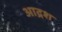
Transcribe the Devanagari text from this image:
आद्रश